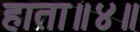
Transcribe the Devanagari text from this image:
हाता॥४॥